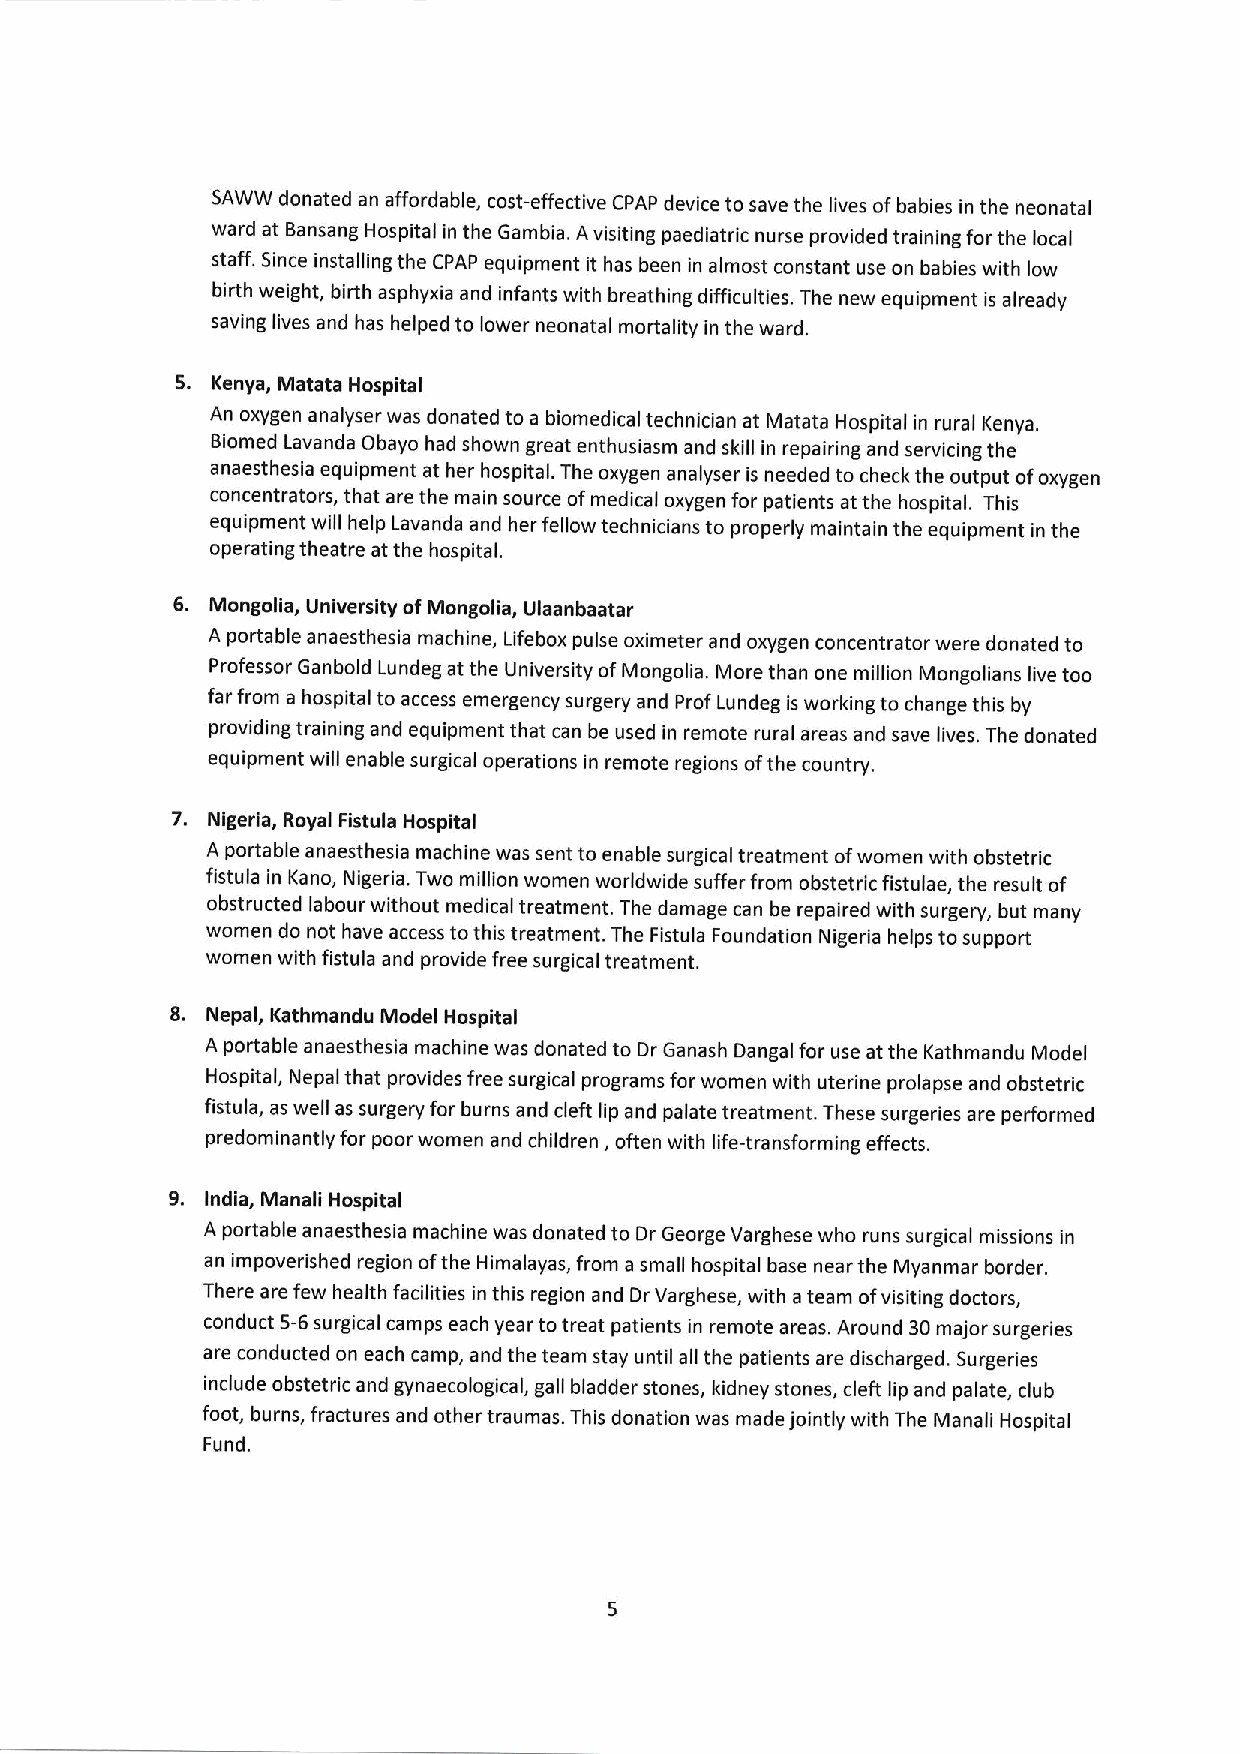
SAWW donated an affordable, cost-effective CPAP device to save the lives ofbabies in the neonatal
 ward at Bansang Hospital in the Gambia. Avisiting paediatric nurse provided training forthe local
 staff. Since installing the CPAP equipment it has been in almost constant use on babies with low
 birth weight, birth asphyxia and infants with breathing difficulties. The new equipment is already
 saving lives and has helped to lower neonatal mortality in the ward.
 S. Kenya, Matata Hospital
 An oxygen analyser was donated to a biomedical technician at Matata Hospital in rural Kenya.
 Biomed Lavanda Obayo had shown great enthusiasm and skill in repairing and servicing the
 anaesthesia equipment at her hospital. The oxygen analyser is needed to check the output ofoxygen
 concentrators, that are the main source ofmedical oxygen for patients at the hospital. This
 equipment will help Lavanda and her fellow technicians to properly maintain the equipment in the
 operating theatre at the hospital.
 6. Mongolia, University ofMongolia, Ulaanbaatar
 A portable anaesthesia machine, Lifebox pulse oximeter and oxygen concentrator were donated to
 Professor Ganbold Lundeg at the University ofMongolia. More than one million Mongolians live too
 far from a hospital to access emergency surgery and Prof Lundeg is working to change this by
 providing training and equipment that can be used in remote rural areas and save lives. The donated
 equipment will enable surgical operations in remote regions ofthe country.
 7. Nigeria, Royal Fistula Hospital
 A portable anaesthesia machine was sent to enable surgical treatment ofwomen with obstetric
 fistula in Kano, Nigeria. Two million women worldwide suffer from obstetric fistulae, the result of
 obstructed labour without medical treatment. The damage can be repaired with surgery, but many
 women do not have access tothis treatment. The Fistula Foundation Nigeria helps tosupport
 women with fistula and provide free surgical treatment.
 8. Nepal, Kathmandu Model Hospital
 A portable anaesthesia machine was donated to Dr Ganash Dangal for use at the Kathmandu Model
 Hospital, Nepal that provides free surgical programs for women with uterine prolapse and obstetric
 fistula, as well as surgery for burns and cleft lip and palate treatment. These surgeries are performed
 predominantly for poor women and children, often with life-transforming effects.
 9. India, Manali Hospital
 A portable anaesthesia machine was donated to Dr George Varghese who runs surgical missions in
 an impoverished region ofthe Himalayas, from a small hospital base near the Myanmar border.
 There are few health facilities in this region and Dr Varghese, with ateam ofvisiting doctors,
 conduct 5-6surgical camps each year totreat patients in remote areas. Around 30major surgeries
 are conducted on each camp, and the team stay until all the patients are discharged. Surgeries
 include obstetric and gynaecological, gall bladder stones, kidney stones, cleft lip and palate, club
 foot, burns, fractures and other traumas. This donation was made jointly with The Manali Hospital
 Fund.